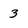
Character: 3